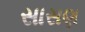
સાસણ